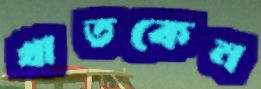
খাতকেন